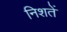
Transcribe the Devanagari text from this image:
निशतें